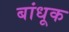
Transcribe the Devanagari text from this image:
बांधूक